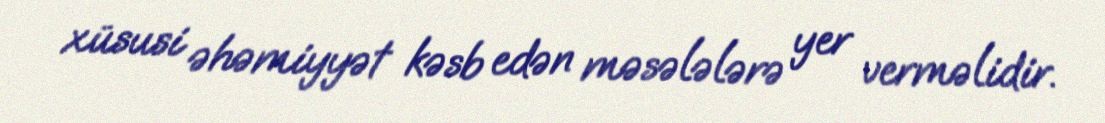
xüsusi əhəmiyyət kəsb edən məsələlərə yer verməlidir.